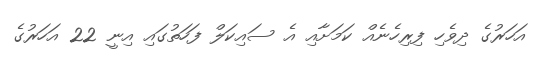
އަހަރުގެ ދިވެހި ފިރިހެނެއް ކަމަށާއި އެ ސައިކަލް ފަހަތުގައި އިނީ 22 އަހަރުގެ